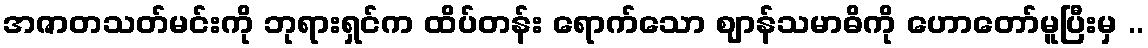
အဇာတသတ်မင်းကို ဘုရားရှင်က ထိပ်တန်း ရောက်သော ဈာန်သမာဓိကို ဟောတော်မူပြီးမှ ..